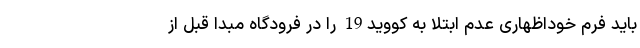
باید فرم خوداظهاری عدم ابتلا به کووید19 را در فرودگاه مبدا قبل از